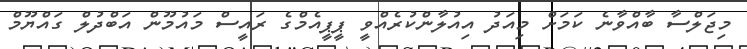
މިޖަލްސާ ބާއްވާނެ ކަމަށް މިއަދު އިއުލާންކުރެއްވީ ޕީޕީއެމްގެ ރައީސް މައުމޫން އަބްދުލް ގައްޔޫމް